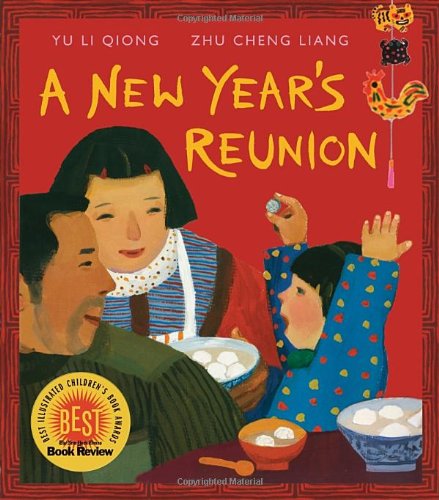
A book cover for A New Year's Reunion: A Chinese Story; Yu Li-Qiong; Children's Books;